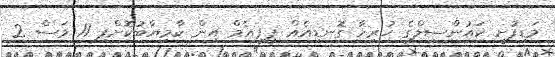
މަޑިފުށީ ކައުންސިލްގެ ހުރިހާ ގޮނޑިއެއް ޕީޕީއެމް އިން ކާމިޔާބުކޮށްފި 11 މަސް 2